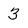
Character: 3